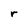
Character: r